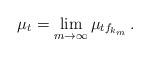
LaTeX: \begin{align*}\mu_t = \lim_{m \to \infty} \mu_{tf_{k_m}}\,.\end{align*}